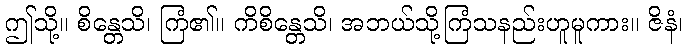
ဤသို့။ စိန္တေသိ၊ ကြံ၏။ ကိစိန္တေသိ၊ အဘယ်သို့ကြံသနည်းဟူမူကား။ ဇိနံ၊